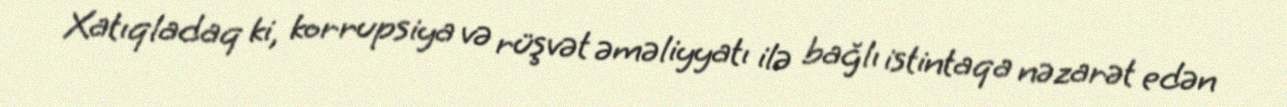
Xatıqladaq ki, korrupsiya və rüşvət əməliyyatı ilə bağlı istintaqa nəzarət edən